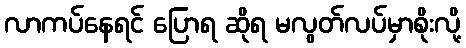
လာကပ်နေရင် ပြောရ ဆိုရ မလွတ်လပ်မှာစိုးလို့